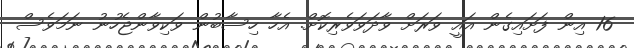
16 އިން ފަށައިގެން އައީ ވަރަށް ވާދަވަވެރިކޮށް. އެހާ ހިސާބުން ވަކިވާންޖެހުނު ނަމަވެސް